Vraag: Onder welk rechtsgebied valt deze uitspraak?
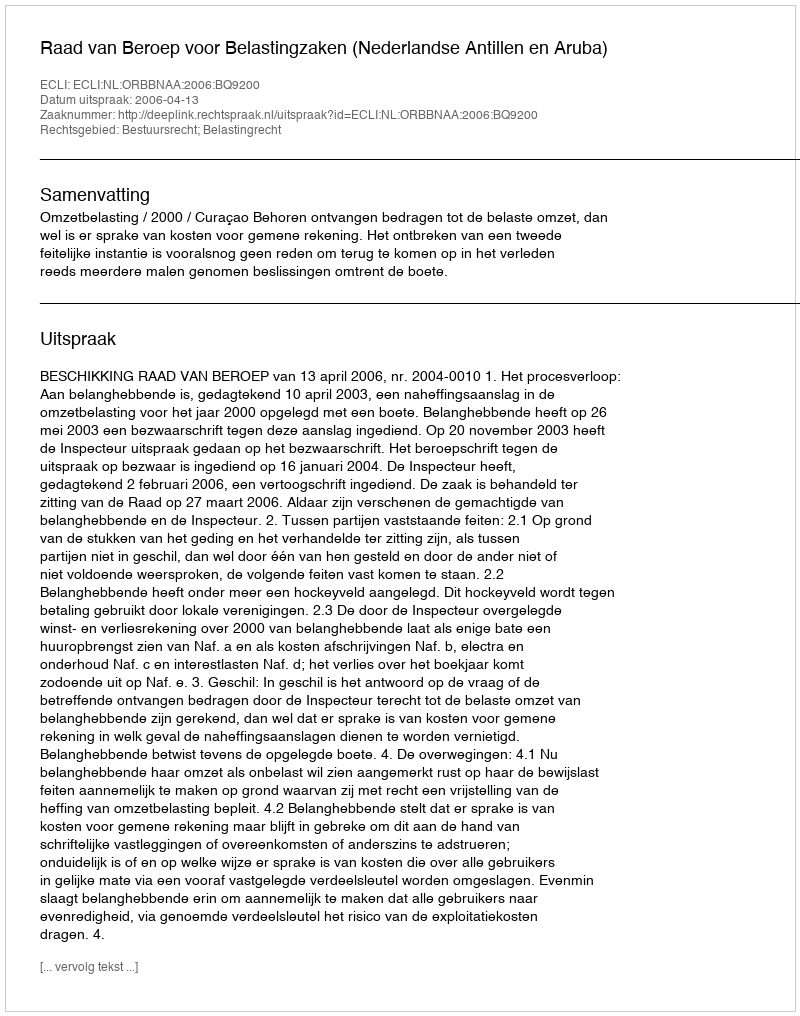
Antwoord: Bestuursrecht; Belastingrecht